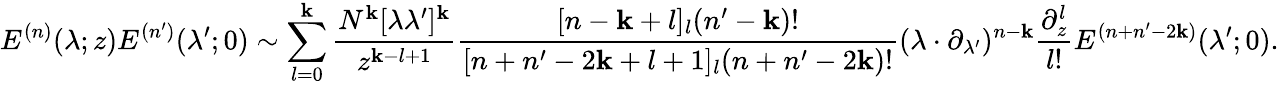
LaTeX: E^{(n)}(\lambda;z)E^{(n^{\prime})}(\lambda^{\prime};0)\sim\sum_{l=0}^{\mathbf{k}}\frac{{N^{\mathbf{k}}[\lambda\lambda^{\prime}]^{\mathbf{k}}}}{{z^{\mathbf{k}-l+1}}}\frac{{[n-\mathbf{k}+l]_{l}(n^{\prime}-\mathbf{k})!}}{{[n+n^{\prime}-2\mathbf{k}+l+1]_{l}(n+n^{\prime}-2\mathbf{k})!}}(\lambda\cdot\partial_{\lambda^{\prime}})^{n-\mathbf{k}}\frac{{\partial_{z}^{l}}}{{l!}}E^{(n+n^{\prime}-2\mathbf{k})}(\lambda^{\prime};0).